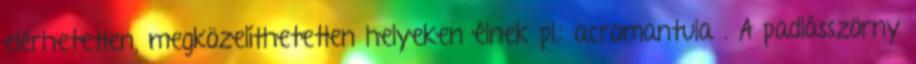
elérhetetlen, megközelíthetetlen helyeken élnek pl.: acromantula . A padlásszörny